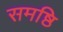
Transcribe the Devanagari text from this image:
समष्ठि